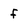
Character: f